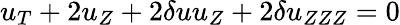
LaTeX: u_{T}+2u_{Z}+2\delta uu_{Z}+2\delta u_{ZZZ}=0